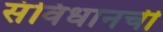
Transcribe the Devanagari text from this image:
संविधानची